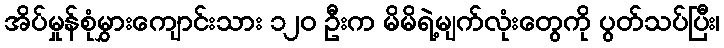
အိပ်မှုန်စုံမွှားကျောင်းသား ၁၂၀ ဦးက မိမိရဲ့မျက်လုံးတွေကို ပွတ်သပ်ပြီး၊